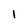
Character: 1